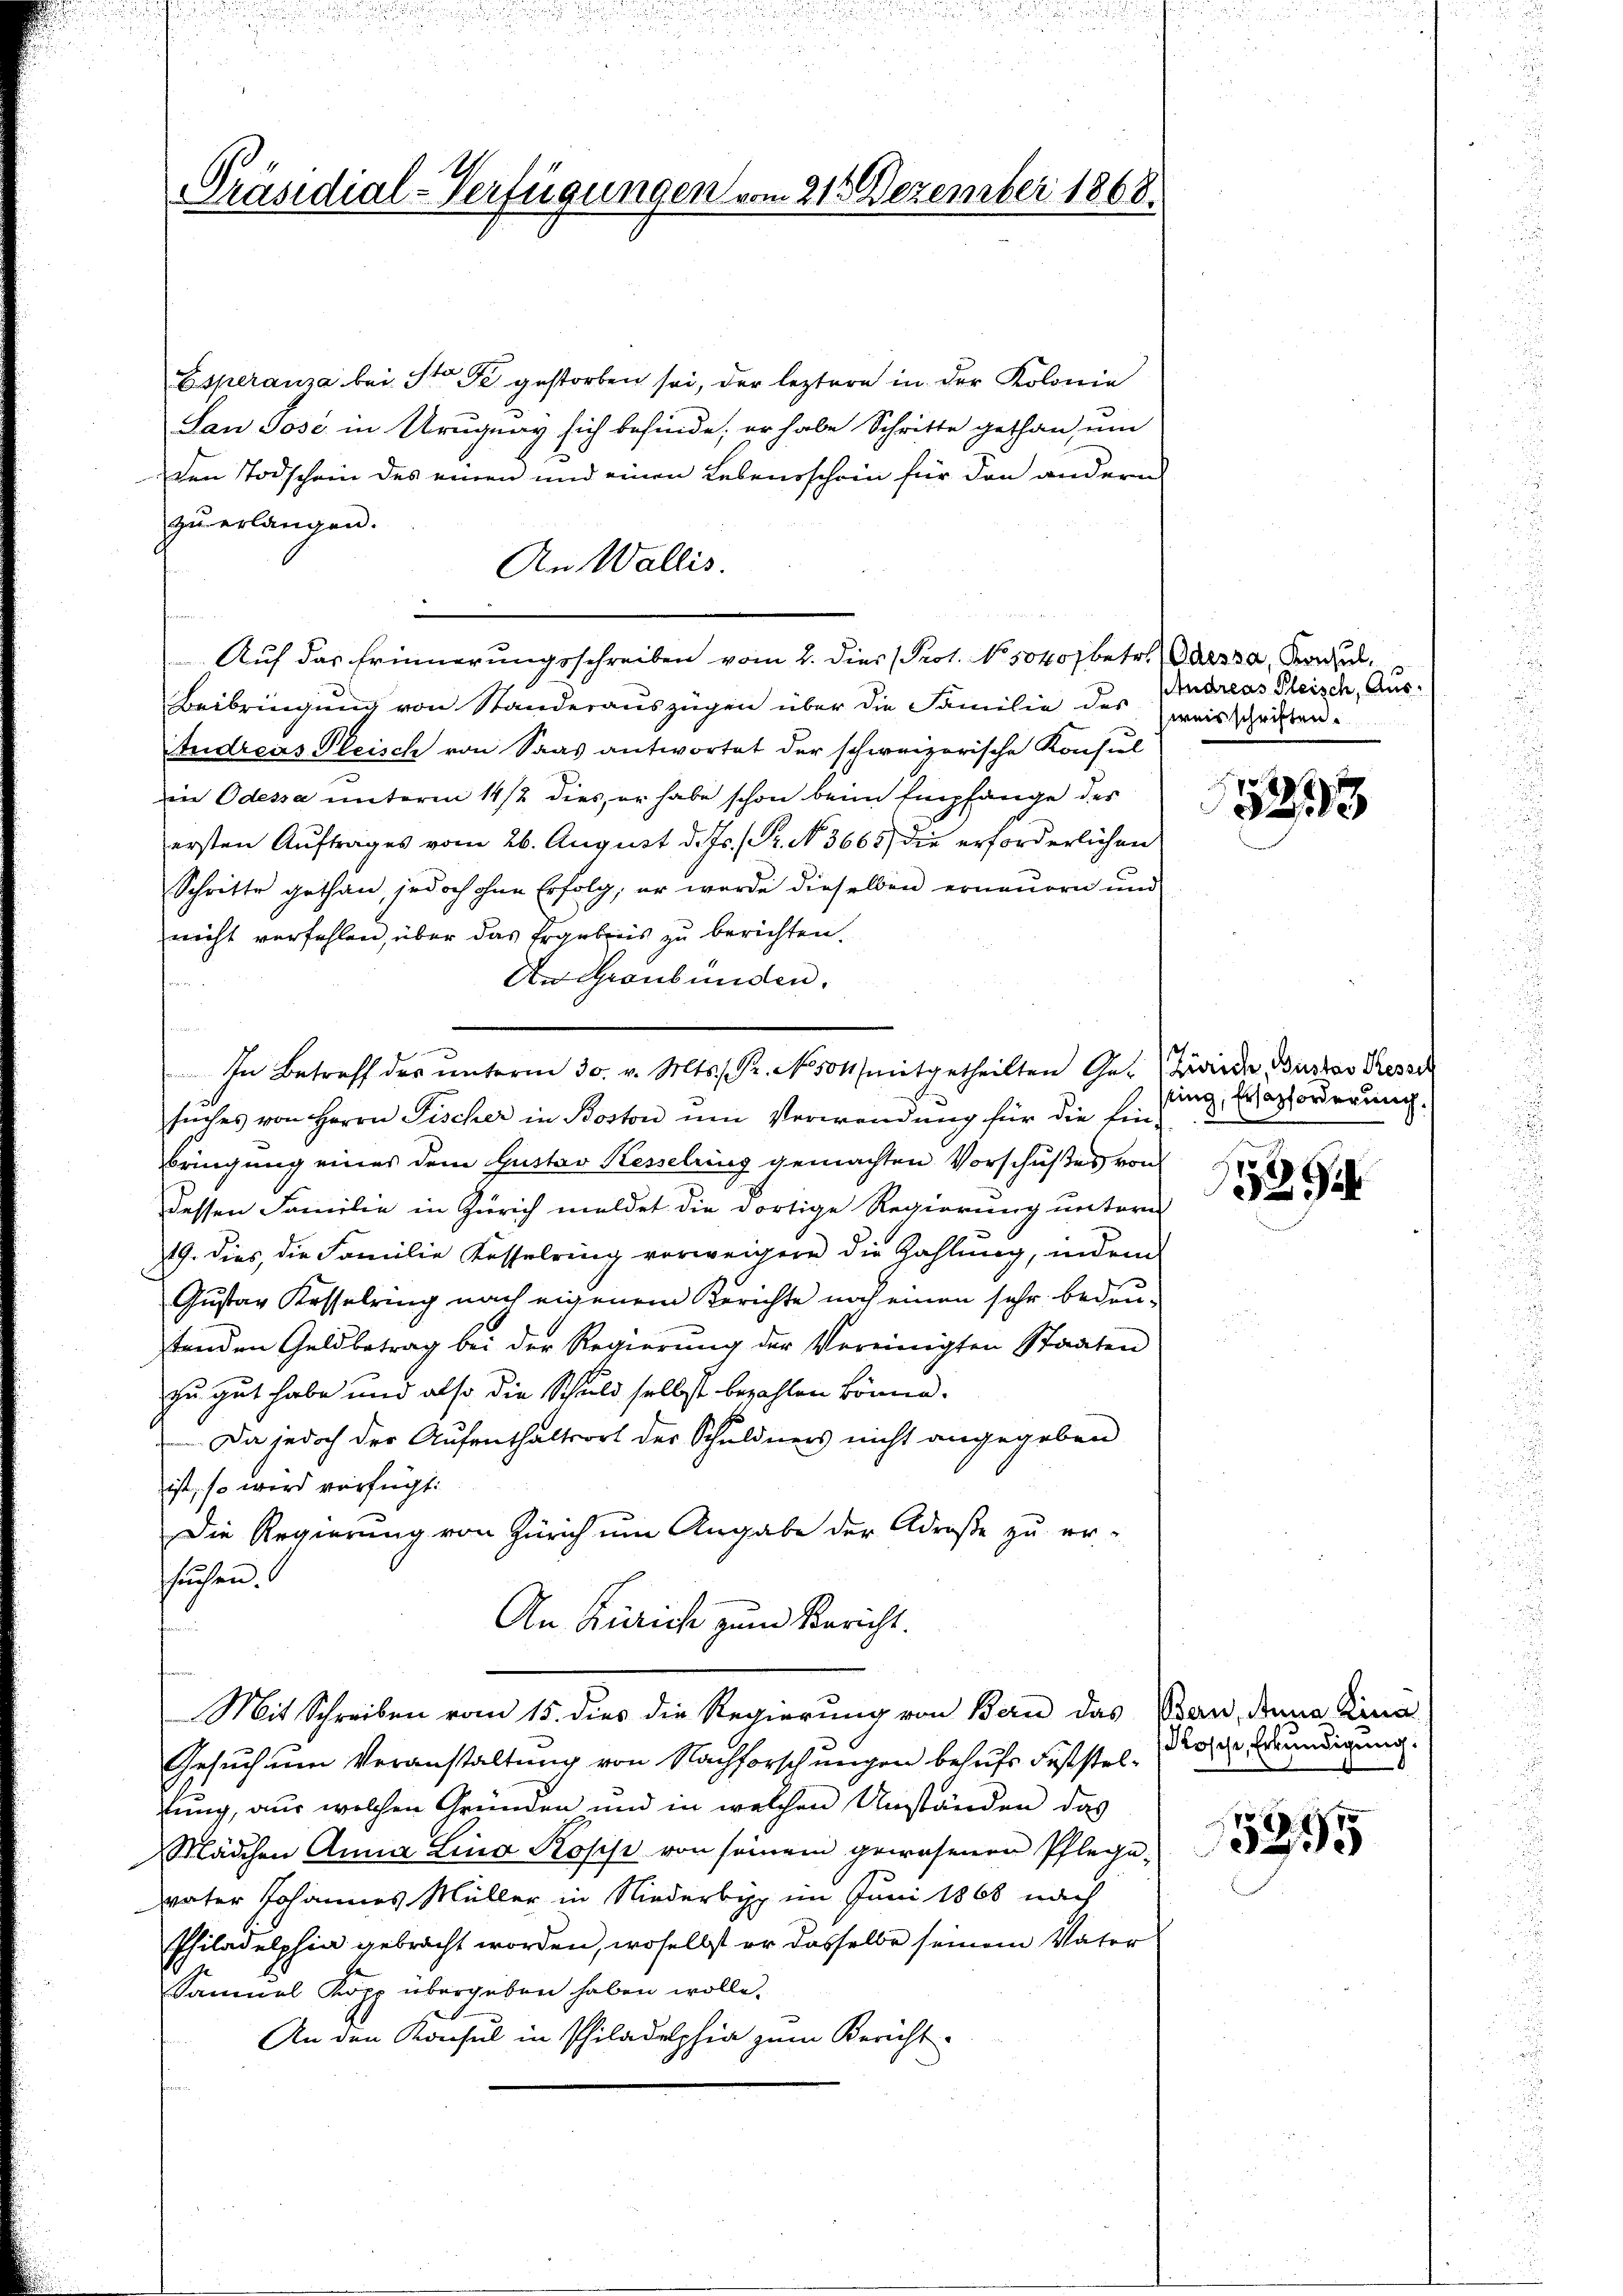
Präsidial-Verfügungen vom 21. Dezember 1868.

Esperanza bei Sto Fr. gestorben sei, der leztere in der Kolonia
San Jose in Uruguay sich befinde, er habe Schritte gethan, um
den Todschein des einen und einen Lebensschein für den andern
zu erlangen.
An Wallis.
w
Auf das Erinnerungsschreiben vom 2. dies Prot. No. 5040 betr. Odessa, Kau
Beibringung von Standerauszügen über die Familie des Zweisschriften.
Andreas Fleisch von Saas antwortet der schweizerische Konsul
in Odessa unterm 14t dies, er habe schon beim Empfange des
ersten Auftrages vom 26. August d. Js. (Gr. N. 3665) die erforderlichen
Schritte gethan, jedoch ohne Erfolg, er wurde dieselben erneuern und
nicht verfehlen, über das Ergebreis zu berichten.
An Graubünden.
.
suches von Herrn Fischer in Boston um Verwendung für die Ein-
bringung eines dem Gustav Kesselring gemachten Vorschußes von
dessen Familie in Zürich meldet die dortige Regierung untern
19. dies, die Familie Kasselring verweigere die Zahlung, indem
Gustav Kesselring nach eigenem Berichte noch einen sehr bedeutenden Geldbetrag bei der Regierung der Vereinigten Staaten
zu gut habe und also die Schuld selbst bezahlen könne.
Da jedoch der Aufenthaltsort der Schuldners nicht angegeben
ist, so wird verfügt:
Die Regierung von Zürich um Angabe der Adroße zu er-
suchen.
An Zürich zum Bericht.
Mit Schreiben vom 15. dies die Regierung von Bern das Pran, dem Fina
Gesuch um Veranstaltung von Nachforschungen behufs Feststeltung, aus welchen Gründen und in welchen Umständen das
Mädchen Anna Lina Kopf von seinem gewesenen Pflegevater Johannes Müller in Niederbyp im Juni 1868 nach
Philadelphia gebracht worden, woselbst er dasselbe seinem Vater
Samuel Kopp übergeben haben wolle.
An den Konsul in Philadelphia zum Bericht

In Betreff des ŭnterm 30. v. Mts. Pr. No. 504 mitgetheilten Ge- Leide Busser Reso

Andreas Fleisch, Aus¬

523

sing, Ersazforderung.

52

dlosche, Erkundigung.

5995